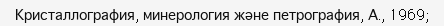
Кристаллография, минерология және петрография, А., 1969;